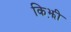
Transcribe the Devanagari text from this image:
किझ़ी